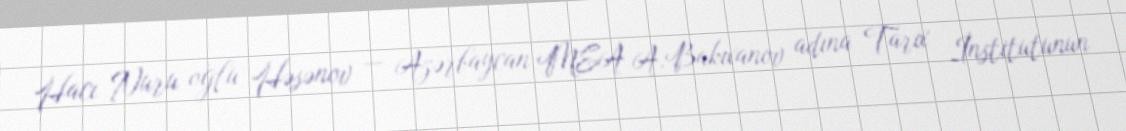
Hacı Nuru oğlu Həsənov — Azərbaycan MEA A.Bakıxanov adına Tarix İnstitutunun